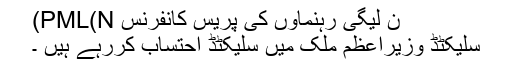
ن لیگی رہنماوں کی پریس کانفرنس PML(N)
سلیکٹڈ وزیراعظم ملک میں سلیکٹڈ احتساب کررہے ہیں ۔